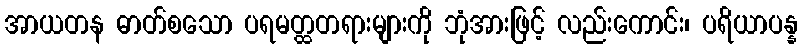
အာယတန ဓာတ်စသော ပရမတ္ထတရားများကို ဘုံအားဖြင့် လည်းကောင်း၊ ပရိယာပန္န